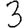
Digit: 3